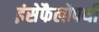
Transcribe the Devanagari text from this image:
इंसेफैलोपथी